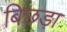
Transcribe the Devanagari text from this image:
बिछड़ा